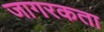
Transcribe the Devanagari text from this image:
जागरकता